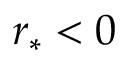
r _ { * } < 0